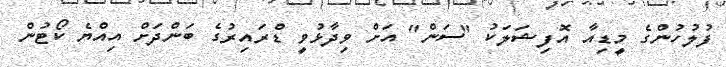
ފުލުހުންގެ މީޑިއާ އޮފިޝަލަކު "ސަން" އަށް ވިދާޅުވީ ޑްރައިރުގެ ބަންދަށް އިއްޔެ ކޯޓުން